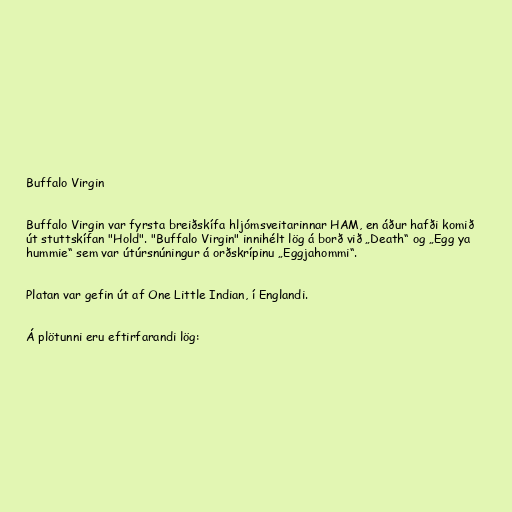
Buffalo Virgin

Buffalo Virgin var fyrsta breiðskífa hljómsveitarinnar HAM, en áður hafði komið
út stuttskífan "Hold". "Buffalo Virgin" innihélt lög á borð við „Death“ og „Egg ya
hummie“ sem var útúrsnúningur á orðskrípinu „Eggjahommi“.

Platan var gefin út af One Little Indian, í Englandi.

Á plötunni eru eftirfarandi lög: